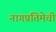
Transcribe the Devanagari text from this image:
नागप्रतिमेची